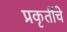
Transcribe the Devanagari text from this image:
प्रकृतींचे